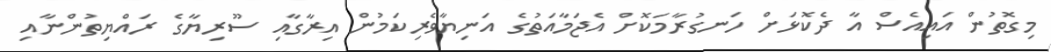
މިގޮތުން އައިއެސް އާ ދެކޮޅަށް ހަނގުރާމަކޮށް އެޖަމާއަތުގެ އަނިޔާވެރިކަމުން އިރާގާއި ސޫރިޔާގެ ރައްޔިތުންނާއި